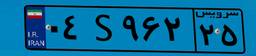
۰۴S۹۶۲۲۵